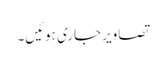
تصاویر جاری ہوئیں۔